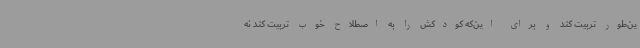
ین‌طور تربیت کند و برای این‌که کودکش را به اصطلاح خوب تربیت کند نه